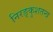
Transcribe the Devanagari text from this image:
निरङ्कुशतन्त्र